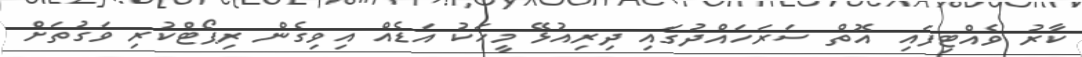
ކާރު ވެއްޓިފައި އޮތް ސަރަހައްދުގައި ދިރިއުޅޭ މީހަކު އަޑެއް އިވިގެން ރިޕޯޓްކުރި ވަގުތަށް